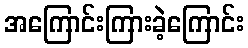
အကြောင်းကြားခဲ့ကြောင်း